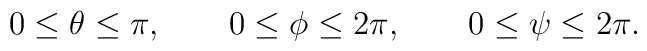
0\leq \theta\leq \pi,\quad\quad 0\leq \phi\leq 2\pi,\quad\quad 0\leq\psi\leq2\pi.